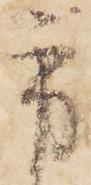
方